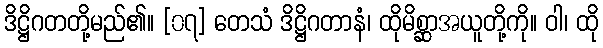
ဒိဋ္ဌိဂတတို့မည်၏။ [၀၇] တေသံ ဒိဋ္ဌိဂတာနံ၊ ထိုမိစ္ဆာအယူတို့ကို။ ဝါ၊ ထို